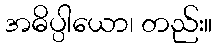
အဓိပ္ပါယော၊ တည်း။